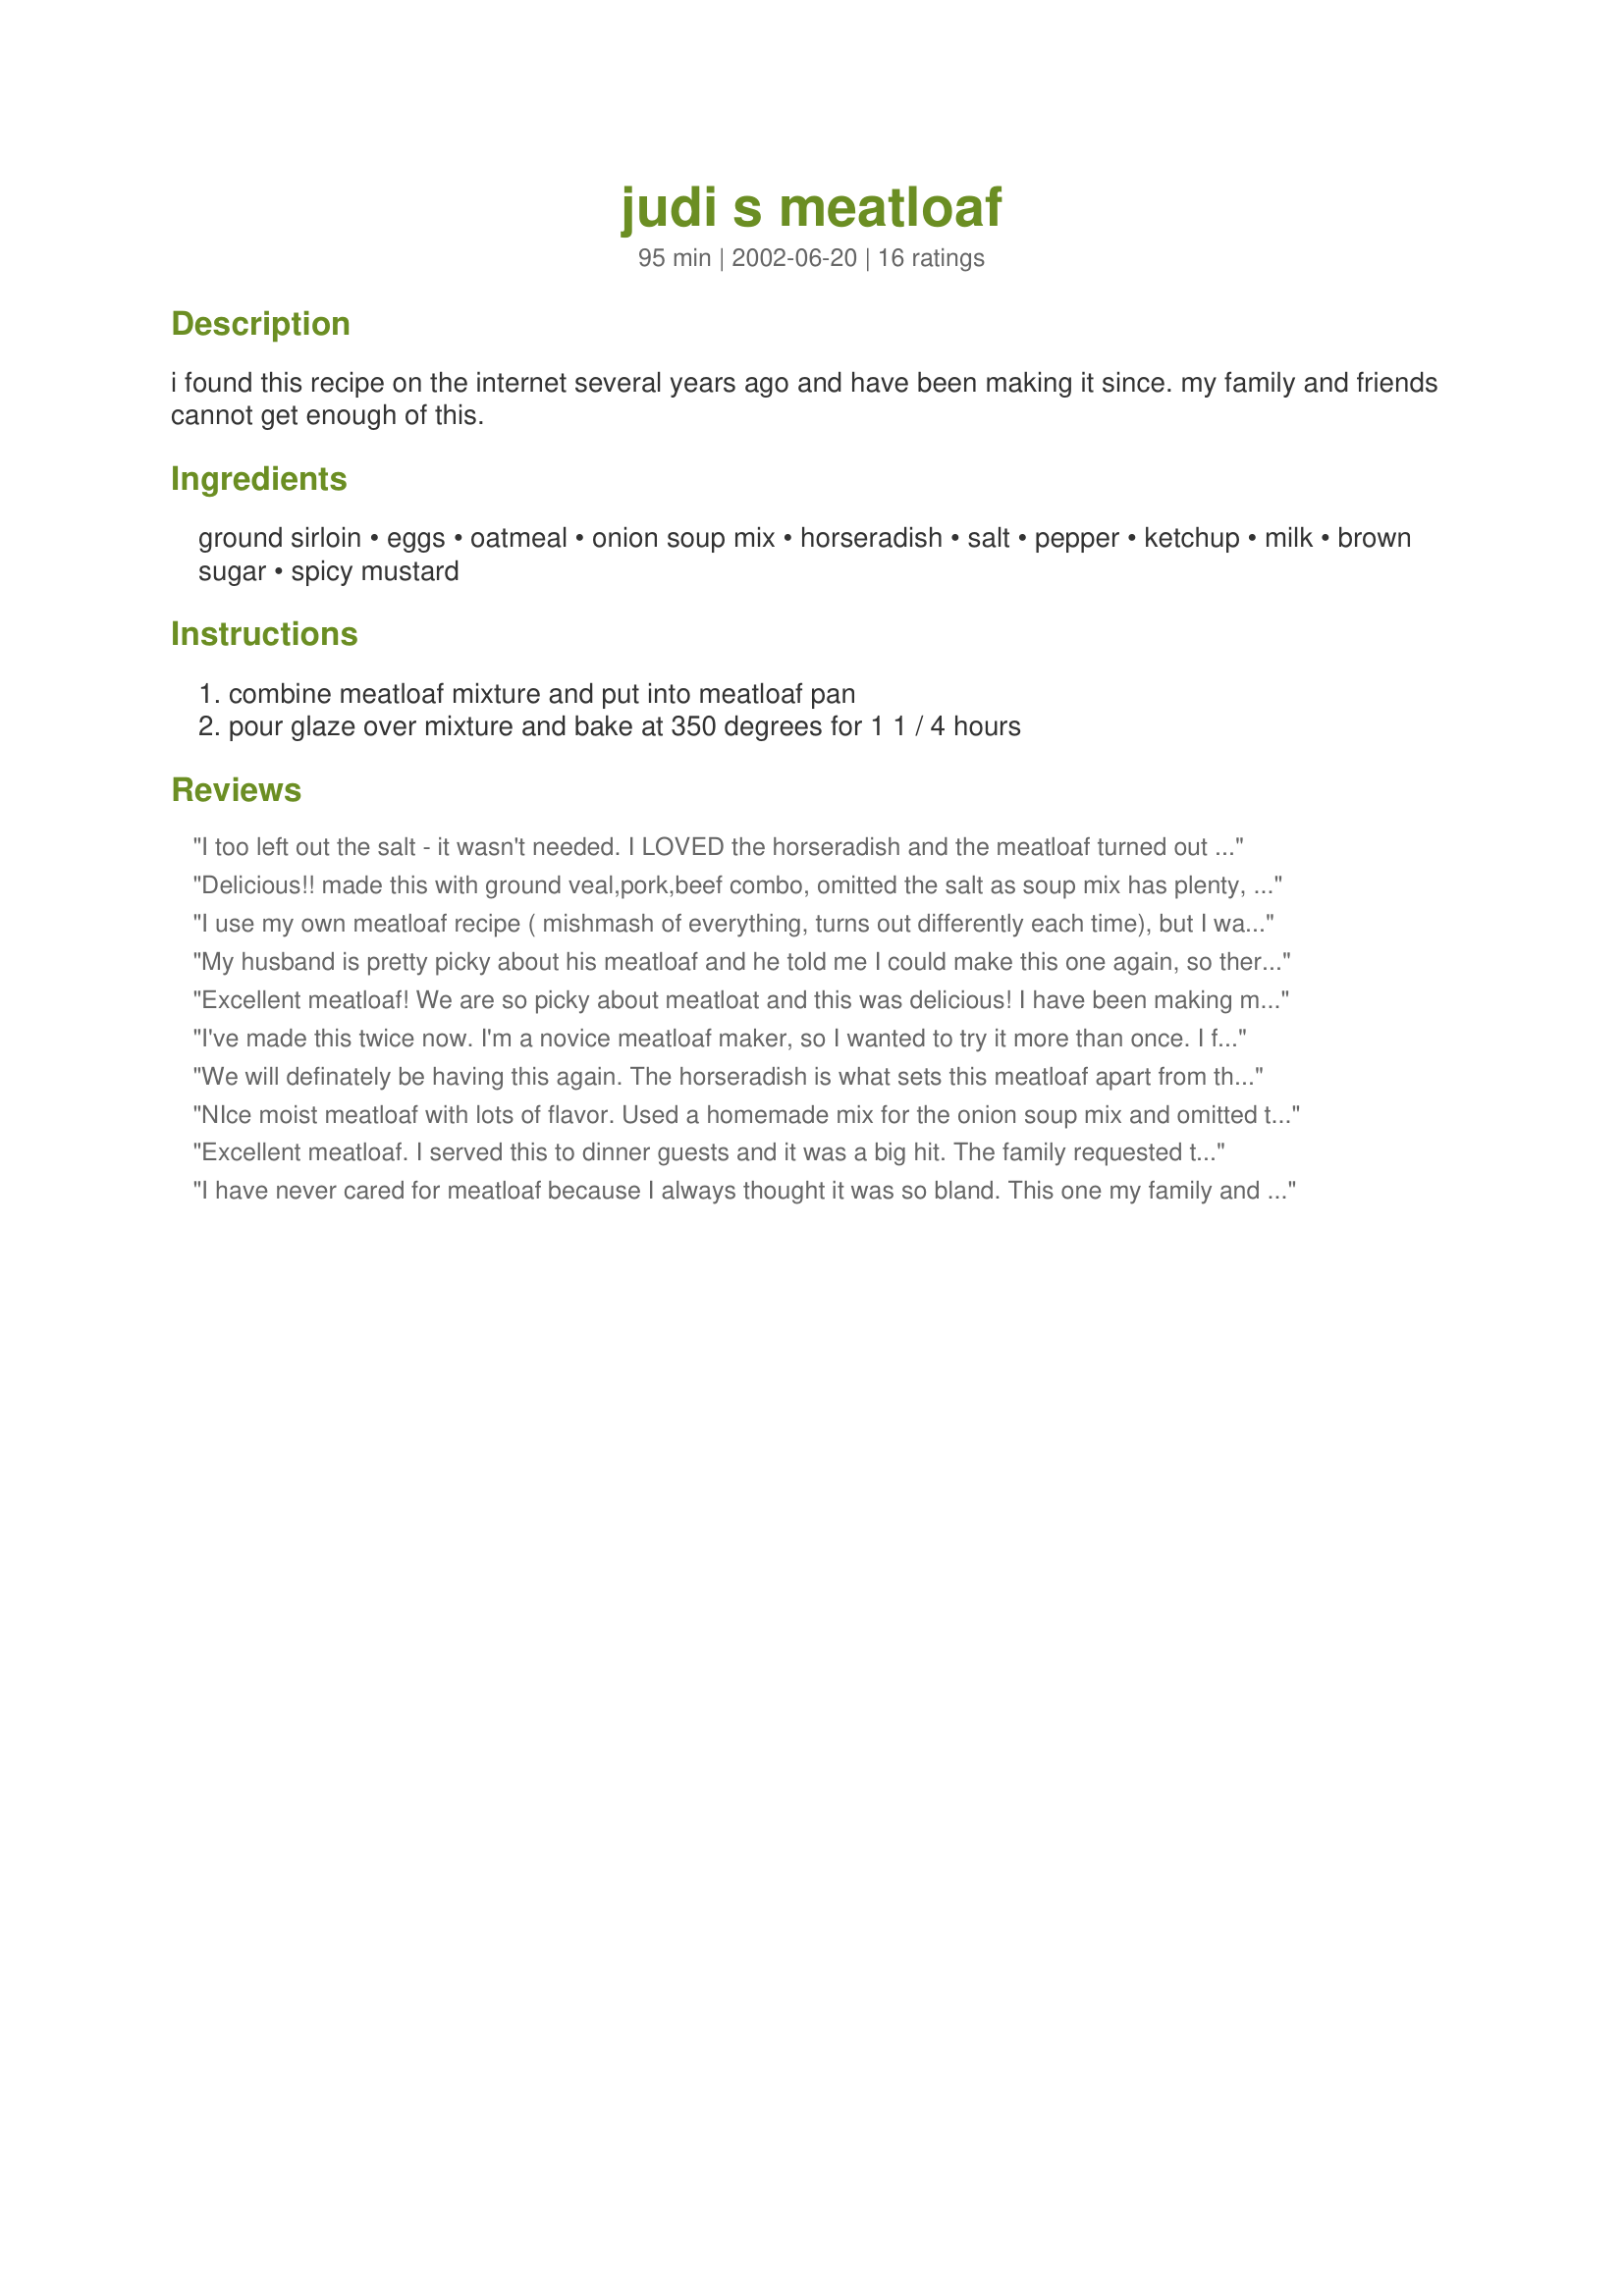
judi s meatloaf
Preparation time: 95 minutes

i found this recipe on the internet several years ago and have been making it since. my family and friends cannot get enough of this.

Ingredients:
ground sirloin, eggs, oatmeal, onion soup mix, horseradish, salt, pepper, ketchup, milk, brown sugar, spicy mustard

Steps:
combine meatloaf mixture and put into meatloaf pan, pour glaze over mixture and bake at 350 degrees for 1 1 / 4 hours

Reviews:
I too left out the salt - it wasn't needed. I LOVED the horseradish and the meatloaf turned out very moist. I mixed all the ingredients together and then added the oatmeal - mixed it and then added the meat. I think the only thing I will do differently next time is grind up the oatmeal before adding it. The consistency of the whole oatmeal bothered me just a bit. But trust me...not enough to stop me from eating seconds!
Delicious!! made this with ground veal,pork,beef combo, omitted the salt as soup mix has plenty, I put the glaze on top about halfway thru the cooking time. Definitely will make this again, horseradish adds a great flavour.
I use my own meatloaf recipe ( mishmash of everything, turns out differently each time), but I was looking for something different to top it off. The sauce here was perfect, since I used spicy mustard (dijon) in the loaf. This one is a keeper!
My husband is pretty picky about his meatloaf and he told me I could make this one again, so there you have it! I used horseradish mustard (several tablespoons) instead of horseradish in both the meatloaf and the glaze. I added apple cider vinegar to the glaze and made extra, which I heated in the microwave, and served as a dipping sauce. My 10 year-old stepson couldn't get enough of it! I omitted the salt since the soup mix provided enough.
Excellent meatloaf! We are so picky about meatloat and this was delicious! I have been making my cajun meatloaf for years and love it but was looking for something different but interesting since meatloaf can be so boring. Boy did this fit the bill! Fast, easy and full flavored, loved that there was no chopping or dicing. Made the meatloaf, put it in the pan then made the sauce in the same bowl and spread it on top. Sauce is fantastic! Made the recipe exactly as stated only left out the additional salt because of the high sodium content of the onion soup. It was perfect with nice neat slices. I am always looking for ways to tweak recipes but I am leaving this one just as it is! Way to go Judi!
I've made this twice now. I'm a novice meatloaf maker, so I wanted to try it more than once. I felt the recipe made it too salty, so the second time I made it with no added salt (the soup mix has plenty). The second time it was fluffier, maybe because the beef was fattier and I used 2/3 ground beef, 1/3 pork mix instead of 50-50. Also, the second time, I mixed everything except the meat and oatmeal together until it was smooth and completely mixed. Then I added the oatmeal and stirred until it was completely soaked. Only then did I add chunks of the ground meat and kneaded it all together. It mixed up much better doing it like that. Probably all experienced meatloaf makers know that trick.
We will definately be having this again. The horseradish is what sets this meatloaf apart from the others! Thanks for a great recipe.
NIce moist meatloaf with lots of flavor. Used a homemade mix for the onion soup mix and omitted the salt as suggested.
Excellent meatloaf. I served this to dinner guests and it was a big hit. The family requested this meatloaf again just a few days later.
I have never cared for meatloaf because I always thought it was so bland. This one my family and I LOVED! Per other reviews I left out the salt and it was not missed a bit. Thanks for a great, tasty meatloaf recipe!
I was looking for a meatloaf with a tight bind (neat slices) and this fit the bill. My father in law really likes meatloaf and is already looking forward to the leftovers. I used a very lean beef (97%) and it was 165 degrees in 70 min (online recommend. is 160 degrees). I thought it was cooked perfectly. I also used half pkg. of the onion soup mix (to decrease sodium content). I did chop up my rolled oats a bit before adding. Thanks Judith, for posting.

Roxygirl
A great meatloaf recipe, loved the zip of the horseradish! I usually use bread crumbs but think I like the oatmeal a little better. Instead of spicy mustard I also used dijon and think it worked well. The leftovers made great meatloaf sandwiches!
This would rate 5 stars if the salt was removed from the recipe. I did make it without the salt..absolutely delicious. Using ground sirloin gave it that extra something where one taste and you know you've got something special. Thank you for a very nice
recipe.
This was so good! I love any meatloaf recipe that uses brown sugar :) my son loved it too!!! Thanks for sharing!!
This is a very nice meatloaf. My whole family loved it. Thanks for posting.
One of the best meatloaf's I've ever eaten. I sliced it into squares and placed on a cookie sheet and froze. Once frozen I put it in a freezer bag and take out as desired and heat in microwave. Just as moist and good as when first baked. Excellent!
